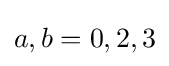
a,b=0,2,3